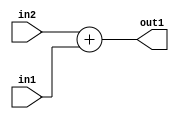
`timescale 1ps / 1ps
/*****************************************************************************
    Verilog RTL Description
    
    
    Created by: Stratus DpOpt 2019.1.01 
*******************************************************************************/

module DC_Filter_Add_2Ux2U_3U_1 (
	in2,
	in1,
	out1
	); /* architecture "behavioural" */ 
input [1:0] in2,
	in1;
output [2:0] out1;
wire [2:0] asc001;

assign asc001 = 
	+(in2)
	+(in1);

assign out1 = asc001;
endmodule

/* CADENCE  urj0Tgw= : u9/ySgnWtBlWxVPRXgAZ4Og= ** DO NOT EDIT THIS LINE ******/